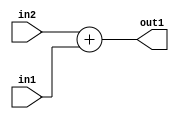
`timescale 1ps / 1ps
/*****************************************************************************
    Verilog RTL Description
    
    
    Created by: Stratus DpOpt 2019.1.01 
*******************************************************************************/

module DC_Filter_Add_2Ux2U_3U_1 (
	in2,
	in1,
	out1
	); /* architecture "behavioural" */ 
input [1:0] in2,
	in1;
output [2:0] out1;
wire [2:0] asc001;

assign asc001 = 
	+(in2)
	+(in1);

assign out1 = asc001;
endmodule

/* CADENCE  urj0Tgw= : u9/ySgnWtBlWxVPRXgAZ4Og= ** DO NOT EDIT THIS LINE ******/